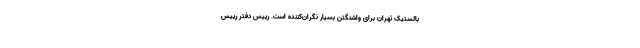
بالستیک تهران برای واشنگتن بسیار نگران‌کننده است. رییس دفتر رییس